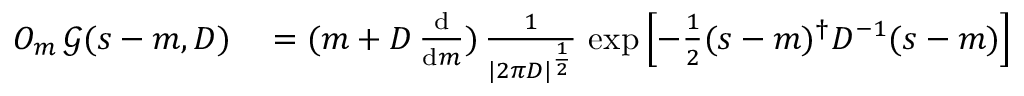
\begin{array} { r l } { O _ { m } \, { \mathcal { G } } ( s - m , D ) } & { { } = ( m + D \, { \frac { \mathrm { d } } { \mathrm { d } m } } ) \, { \frac { 1 } { | 2 \pi D | ^ { \frac { 1 } { 2 } } } } \, \exp \left[ - { \frac { 1 } { 2 } } ( s - m ) ^ { \dagger } D ^ { - 1 } ( s - m ) \right] } \end{array}